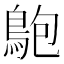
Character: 䳈